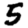
Digit: 5